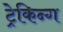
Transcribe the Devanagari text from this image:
ट्रेकिन्ग